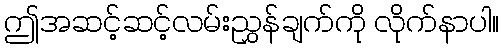
ဤအဆင့်ဆင့်လမ်းညွှန်ချက်ကို လိုက်နာပါ။